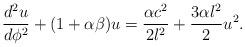
LaTeX: \begin{align*}\frac{d^2u}{d\phi^2}+(1+\alpha\beta)u = \frac{\alpha c^2}{2l^2} +\frac{3\alpha l^2}{2}u^2.\end{align*}